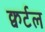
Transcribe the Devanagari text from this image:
क्वर्टल